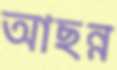
আছন্ন